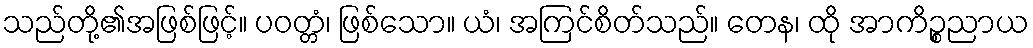
သည်တို့၏အဖြစ်ဖြင့်။ ပဝတ္တံ၊ ဖြစ်သော။ ယံ၊ အကြင်စိတ်သည်။ တေန၊ ထို အာကိဉ္စညာယ